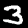
Label: 3